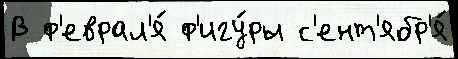
В ф'еврал'я́ ф'игу́ры с'ент'ябр'я́